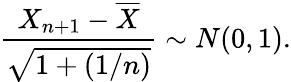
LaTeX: {\frac{X_{n+1}-{\overline{{X}}}}{\sqrt{1+(1/n)}}}\sim N(0,1).